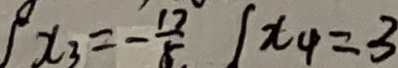
x _ { 3 } = - \frac { 1 7 } { 5 } x _ { 4 } = 3